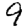
Digit: 9